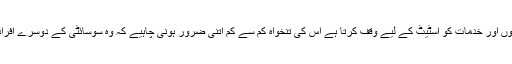
اور خلافت راشدہ اس سلسلہ میں ہمیں یہ اصول فراہم کرتی ہے کہ جو شخص اپنی صلاحیتوں اور خدمات کو اسٹیٹ کے لیے وقف کرتا ہے اس کی تنخواہ کم سے کم اتنی ضرور ہونی چاہیے کہ وہ سوسائٹی کے دوسرے افراد کی طرح زندگی بسر کر سکے اور اس کی ضروریات اس تنخواہ سے پوری ہوتی رہیں۔